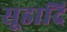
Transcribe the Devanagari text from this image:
सूडादि